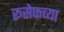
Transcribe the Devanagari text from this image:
रूसेफच्या